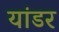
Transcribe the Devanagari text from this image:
यांडर